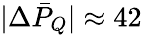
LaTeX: |\Delta\bar{P}_{Q}|\approx 42\